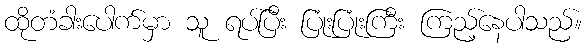
ထိုတံခါးပေါက်မှာ သူ ရပ်ပြီး ပြုံးပြုံးကြီး ကြည့်နေပါသည်။